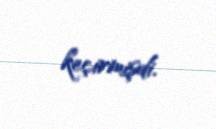
keçirmişdi.